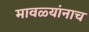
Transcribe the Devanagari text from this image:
मावळ्यांनाच